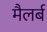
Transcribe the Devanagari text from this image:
मैलर्ब